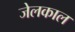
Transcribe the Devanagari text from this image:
जेलकाल